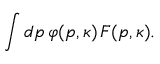
\int d p \, \varphi ( p , \kappa ) \, F ( p , \kappa ) .